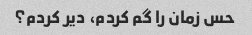
حس زمان را گم کردم، دیر کردم؟